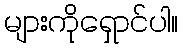
များကိုရှောင်ပါ။